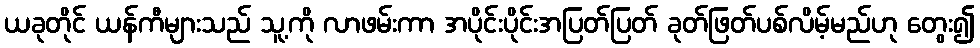
ယခုတိုင် ယန်ကီများသည် သူ့ကို လာဖမ်းကာ အပိုင်းပိုင်းအပြတ်ပြတ် ခုတ်ဖြတ်ပစ်လိမ့်မည်ဟု တွေး၍